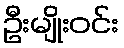
ဦးမျိုးဝင်း